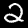
Label: 2